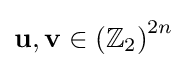
\mathbf {u,v} \in \left(\mathbb {Z} _{2}\right)^{2n}